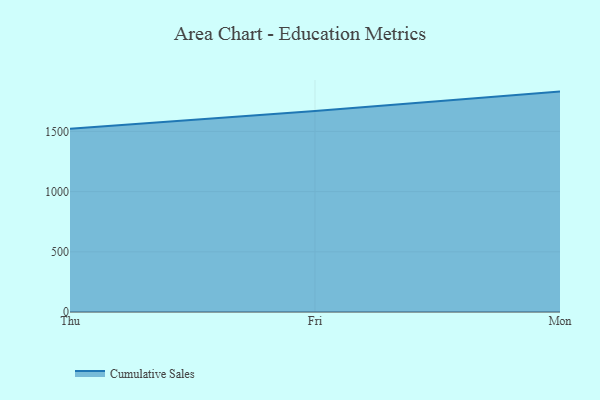
{"axis": {"x": "Day", "y": "Inventory Turnover"}, "legend": ["Cumulative Sales"], "data": [{"x": "Thu", "y": 1521.5, "type": "Cumulative Sales"}, {"x": "Fri", "y": 1669.4, "type": "Cumulative Sales"}, {"x": "Mon", "y": 1830.6, "type": "Cumulative Sales"}]}